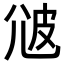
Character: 𤿑